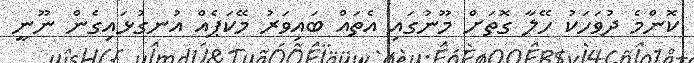
ކޮންމެ ދުވަހަކު ހޭލާ ގޮތަށް މޫނުގައި އެތައް ބައިވަރު މޭކަޕެއް އުނގުޅައިގެން ނޫނީ